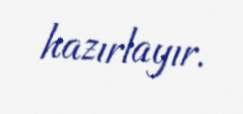
hazırlayır.